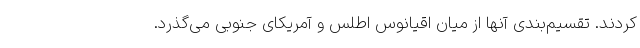
کردند. تقسیم‌بندی ‌آنها از میان اقیانوس اطلس و آمریکای جنوبی می‌گذرد.